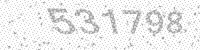
Solution: 531798